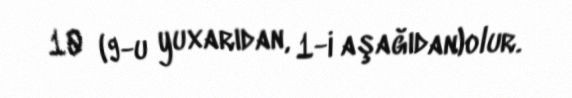
10 (9-u yuxarıdan, 1-i aşağıdan)olur.